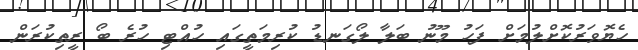
ހެޔޮވަރުކޮށްލުމަށް ފަހު މޫނު ބަލާ ލޯގަނޑު ކުރިމަތީގައި ހުއްޓި ހުރެ ބޯ ރީތިކުރަން